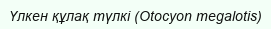
Үлкен құлақ түлкі (Otocyon megalotis)